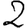
Digit: 2